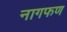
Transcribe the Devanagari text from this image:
नागफण